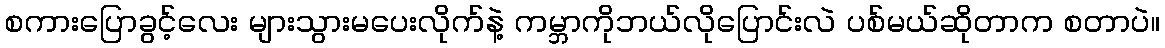
စကားပြောခွင့်လေး များသွားမပေးလိုက်နဲ့ ကမ္ဘာကိုဘယ်လိုပြောင်းလဲ ပစ်မယ်ဆိုတာက စတာပဲ။